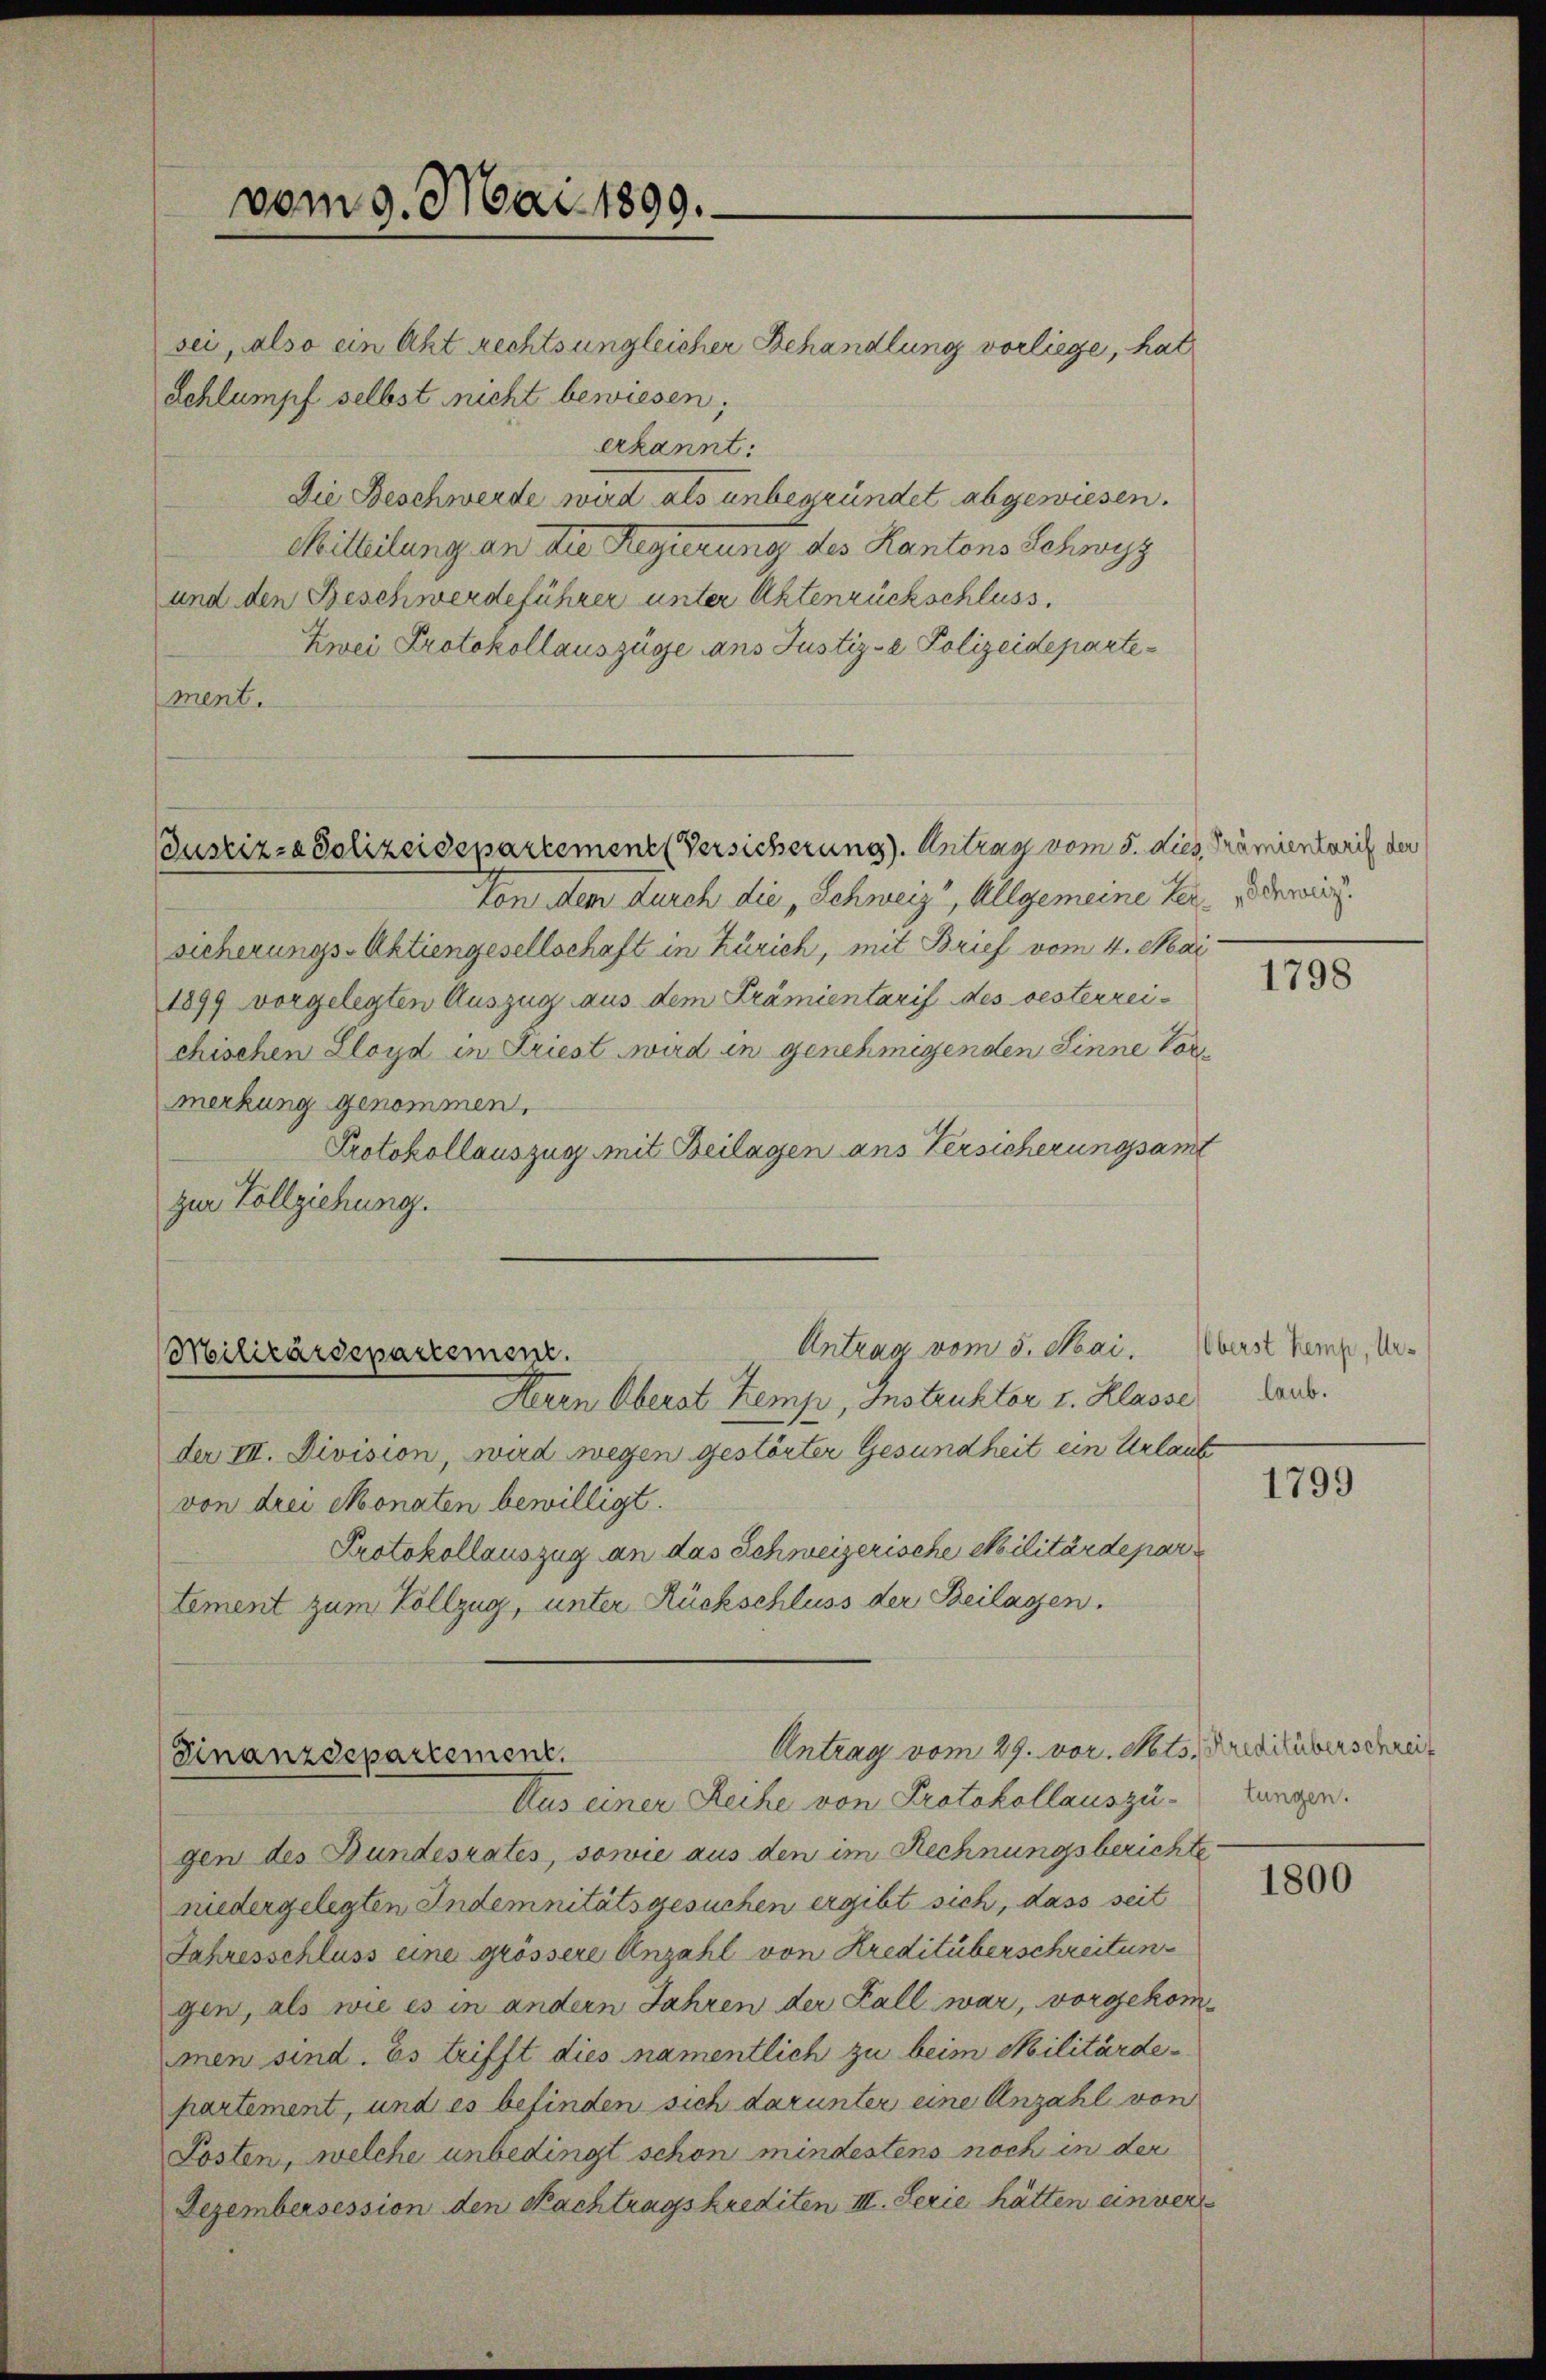
vom 9. Mai 1890.

sei, also ein Akt rechts ungleicher Behandlung vorliege, hat
Schlumpf selbst nicht bewiesen;
erkannt:
Die Beschwerde wird als unbegründet abgewiesen.
Mitteilung an die Regierung des Kantons Schwyz
und den Beschwerdeführer unter Aktenrückschluss.
Zwei Protokollauszüge ans Justiz- & Polizeidepartement.
Justiz- & Polizeidepartement Versicherung). Antrag vom 5. dies, Prämientarif der
Von dem durch die „Schweiz, Allgemeine Ver- den wir
sicherungs-Aktiengesellschaft in Zürich, mit Brief vom 4. Mai
1899 vorgelegten Auszug aus dem Prämientarif des oesterreichischen Lloyd in Friest wird in genehmigenden Sinne Vormerkung genommen.
Protokollauszug mit Beilagen aus Versicherungsame
zur Vollziehung.

Antrag vom 5. Mai.
Militärdepartement.

Antrag vom 29. vor. Mts. Kreditberschrei¬
Finanzdepartement.

Herrn Oberat Zemp, Instruktor v. Klasse aus.
der III. Division, wird wegen gestörter Gesundheit ein Urlaut
von drei Monaten bewilligt.
Protokollauszug an das Schweizerische Militärdepar
tement zum Vollzug, unter Rückschluss der Beilassen.
Aus einer Reihe von Protokollauszu-
gen des Bundesrates, sowie aus den im Rechnungsberichte
niedergelegten Indemnitätsgesuchen ergibt sich, dass seit
Jahresschluss eine grössere Anzahl von Kreditüberschreitungen, als wie es in andern Jahren der Fall war, vorgekommen sind. Es trifft dies namentlich zu beim Militärdepartement, und es befinden sich darunter eine Anzahl von
Posten, welche unbedingt schon mindestens noch in der
Dezembersession den Nachtragskrediten III. Serie hätten einvers

1798

Oberst Kemp, Ur¬

1799

tungen.

1800